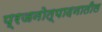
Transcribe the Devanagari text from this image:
प्रजनोत्पादनातील